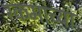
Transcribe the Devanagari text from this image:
रकमांच्या